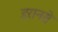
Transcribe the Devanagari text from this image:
इरानसे